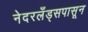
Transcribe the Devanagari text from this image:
नेदरलँड्सपासून